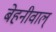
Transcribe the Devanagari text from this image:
बेहनीवाल्